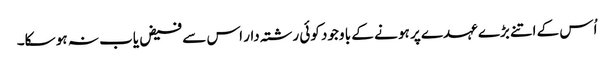
اُس کے اتنے بڑے عہدے پر ہو نے کے با وجود کوئی رشتہ دار اس سے فیض یاب نہ ہو سکا۔